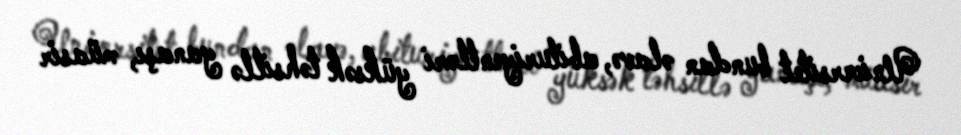
Universitet bundan əlavə, abituriyentləri yüksək təhsillə yanaşı, müasir